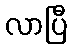
လာပြီ